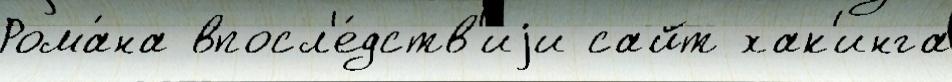
Рома́на впосл'е́дств'иjи сайт хак'инга